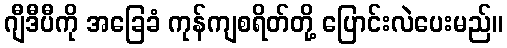
ဂျီဒီပီကို အခြေခံ ကုန်ကျစရိတ်တို့ ပြောင်းလဲပေးမည်။